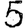
Digit: 5